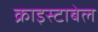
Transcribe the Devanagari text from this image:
क्राइस्टाबेल